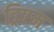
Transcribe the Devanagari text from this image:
ड्रिएम